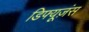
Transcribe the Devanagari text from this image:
डिफ्यूज़ंस